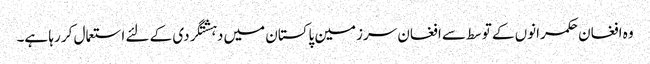
وہ افغان حکمرانوں کے توسط سے افغان سرزمین پاکستان میں دہشتگردی کے لئے استعمال کر رہا ہے۔